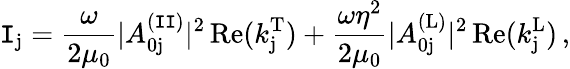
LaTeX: \mathtt{I}_{\mathrm{{j}}}=\frac{{\omega}}{{2\mu_{0}}}|A_{\mathrm{{0j}}}^{\mathrm{{(\mathtt{I}\mathtt{I})}}}|^{2}\, \mathrm{{Re}}(k_{\mathrm{{j}}}^{\mathrm{{T}}})+\frac{{\omega\eta^{2}}}{{2\mu_{0}}}|A_{\mathrm{{0j}}}^{\mathrm{{(L)}}}|^{2}\, \mathrm{{Re}}(k_{\mathrm{{j}}}^{\mathrm{{L}}})\, ,